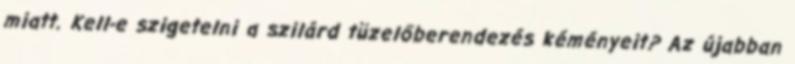
miatt. Kell-e szigetelni a szilárd tüzelőberendezés kéményeit? Az újabban